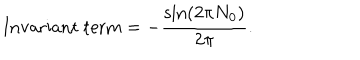
\mathrm { I n v a r i a n t ~ t e r m } = - \frac { \sin ( 2 \pi N _ { 0 } ) } { 2 \pi } .